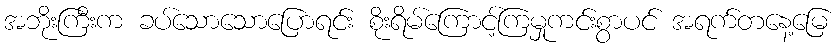
အဘိုးကြီးက ခပ်သောသောပြောရင်း စိုးရိမ်ကြောင့်ကြမှုကင်းစွာပင် အရက်တနေ့မြေ